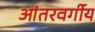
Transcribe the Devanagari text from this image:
आंतरवर्गीय